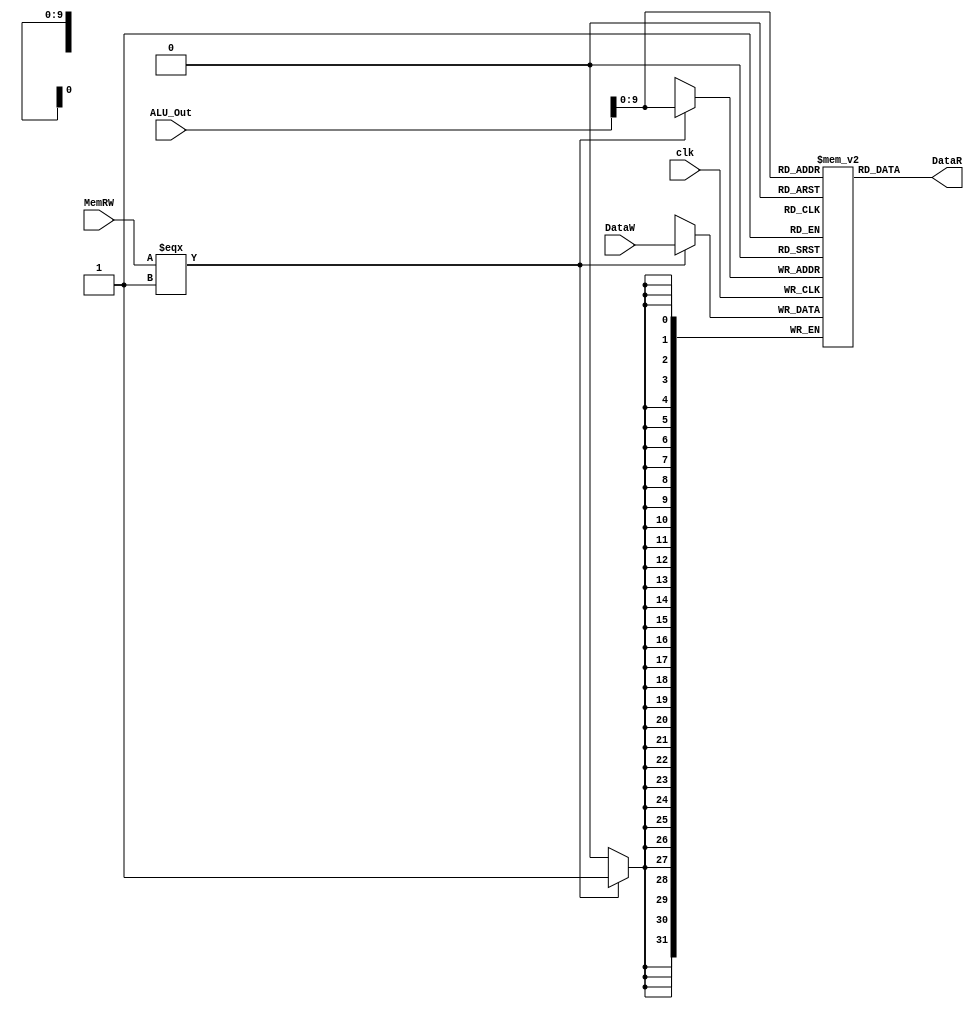
module dmem(DataR,MemRW, ALU_Out, DataW, clk );
	parameter n = 32;
	parameter a = 1<<10;
	input MemRW, clk;
	input [n-1:0] ALU_Out;
	input [n-1:0] DataW;
	output reg[n-1:0] DataR;
	reg [n-1:0]DMEM[0:a-1];
	integer i;
initial 
begin
	for (i=0; i<a; i=i+1)
		DMEM[i] <= 32'h0;	
end
	always @(posedge clk)
	begin
	if (MemRW === 1'b1)
		begin
		DMEM[ALU_Out] <= DataW;
		end
	end
always @(ALU_Out)
begin
	DataR <= DMEM[ALU_Out];
end
endmodule